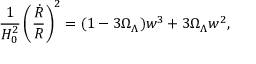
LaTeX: \frac { 1 } { H _ { 0 } ^ { 2 } } \left( \frac { \dot { R } } { R } \right) ^ { 2 } = ( 1 - 3 { \Omega } _ { \Lambda } ) w ^ { 3 } + 3 { \Omega } _ { \Lambda } w ^ { 2 } ,